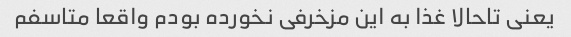
یعنی تاحالا غذا به این مزخرفی نخورده بودم واقعا متاسفم